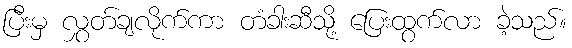
ပြီးမှ လွှတ်ချလိုက်ကာ တံခါးဆီသို့ ပြေးထွက်လာ ခဲ့သည်။